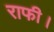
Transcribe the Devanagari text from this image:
राफी।